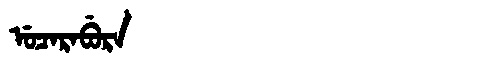
Manchu: ᡠᠴᠠᡵᠠᠪᡠᡵᠠ
Romanization: UCARABURA